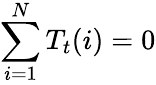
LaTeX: \sum_{i=1}^{N}T_{t}(i)=0